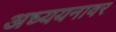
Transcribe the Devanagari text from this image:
अध्ययनावर